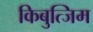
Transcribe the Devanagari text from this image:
किबुत्जिम